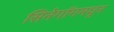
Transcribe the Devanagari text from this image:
सिनेगॉगमधून